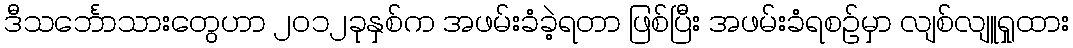
ဒီသင်္ဘောသားတွေဟာ ၂၀၁၂ခုနှစ်က အဖမ်းခံခဲ့ရတာ ဖြစ်ပြီး အဖမ်းခံရစဉ်မှာ လျစ်လျူရှုထား